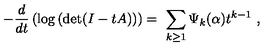
- { \frac { d } { d t } } \left( \mathrm { l o g } \left( \mathrm { d e t } ( I - t A ) \right) \right) = \ \sum _ { k \geq 1 } \Psi _ { k } ( { \bf \alpha } ) t ^ { k - 1 } \ ,